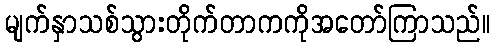
မျက်နှာသစ်သွားတိုက်တာကကိုအတော်ကြာသည်။